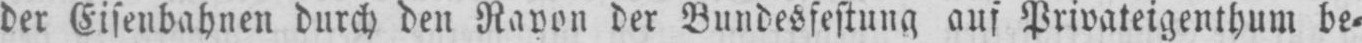
der Bundesfestung aus Privateigenthum be⸗